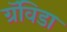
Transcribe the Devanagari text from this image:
ग्रॅविडा